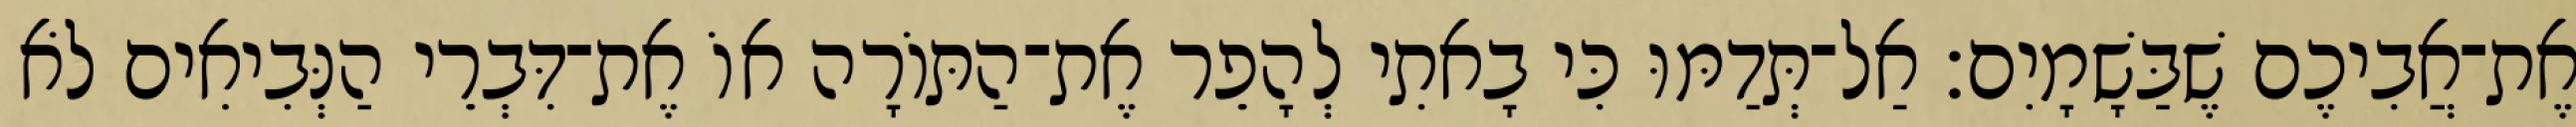
אֶת־אֲבִיכֶם שֶׁבַּשָׁמָיִם׃ אַל־תְּדַמּוּ כִּי בָאתִי לְהָפֵר אֶת־הַתּוֹרָה אוֹ אֶת־דִּבְרֵי הַנְּבִיאִים לֹא